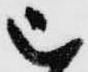
被